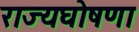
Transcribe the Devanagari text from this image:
राज्यघोषणा